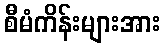
စီမံကိန်းများအား